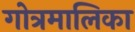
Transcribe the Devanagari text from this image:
गोत्रमालिका